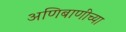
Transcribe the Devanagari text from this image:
अणिबाणीच्या